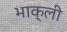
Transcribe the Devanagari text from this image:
भाक्ली